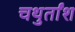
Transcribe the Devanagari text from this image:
चथुर्तांश